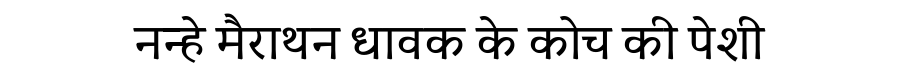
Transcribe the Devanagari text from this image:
नन्हे मैराथन धावक के कोच की पेशी